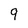
Character: 9